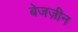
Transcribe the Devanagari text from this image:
बेजज़ीन